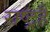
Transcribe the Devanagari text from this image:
राष्ट्रहै